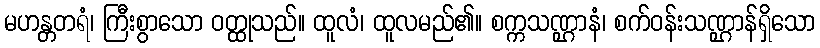
မဟန္တတရံ၊ ကြီးစွာသော ဝတ္ထုသည်။ ထူလံ၊ ထူလမည်၏။ စက္ကသဏ္ဌာနံ၊ စက်ဝန်းသဏ္ဌာန်ရှိသော